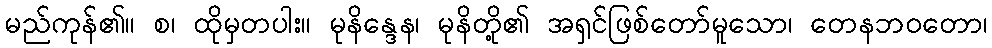
မည်ကုန်၏။ စ၊ ထိုမှတပါး။ မုနိန္ဒေန၊ မုနိတို့၏ အရှင်ဖြစ်တော်မူသော၊ တေနဘဝတော၊